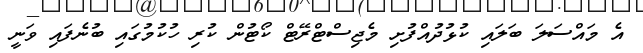
އެ މައްސަލަ ބަލައި ކުޅުދުއްފުށި މެޖިސްޓްރޭޓް ކޯޓުން ކުރި ހުކުމުގައި ބުނެފައި ވަނީ